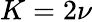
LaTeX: K=2\nu